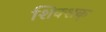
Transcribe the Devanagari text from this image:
शिक्शक्